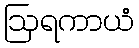
ဩရကာယံ